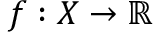
f : X \to \mathbb { R }